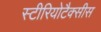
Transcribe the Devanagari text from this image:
स्टीरियोटैक्सीस